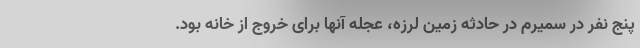
پنج نفر در سمیرم در حادثه زمین لرزه، عجله آنها برای خروج از خانه بود.